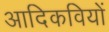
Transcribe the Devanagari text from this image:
आदिकवियों